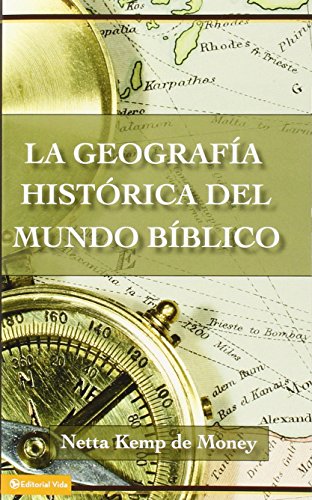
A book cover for GeografÃ­a HistÃ³rica del Mundo BÃ­blico, La; Netta Kemp de Money; Christian Books & Bibles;